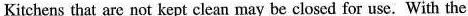
Kitchens that are not kept clean may be closed for use. With the